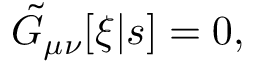
\tilde { G } _ { \mu \nu } [ \xi | s ] = 0 ,